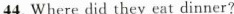
44. Where did they eat dinner?